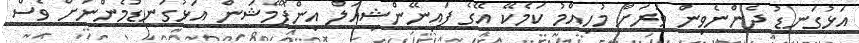
އަޅުގަނޑު ދެންނެވިން ވަރަށް މުހިއްމު ކަމެކޭ އޭގެ ފައިނޭންޝިއަލް އިންފޮމޭޝަން އަޅުގަނޑުމެންނަށް ވެސް